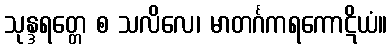
သုန္ဒရတ္တေ စ သလိလေ၊ မာတင်္ဂကရကောဋိယံ။